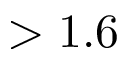
> 1 . 6